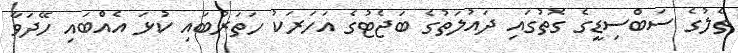
ތެލުގެ ސަބްސިޑީގެ ގޮތުގައި ދައުލަތުގެ ބަޖެޓުގެ އަހަރަކު ހަތަރުބައި ކުޅަ އެއްބައި ހޭދަވާ